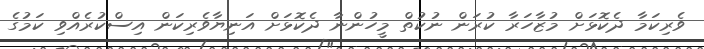
ވެރިކަމާ ދެކޮޅަށް މުޒާހަރާ ކުރަން ނުކުތް މީހުންނާ ދެކޮޅަށް އަނިޔާވެރިކަން އިސްކުރެއްވި ކަމުގެ